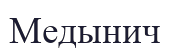
Медынич